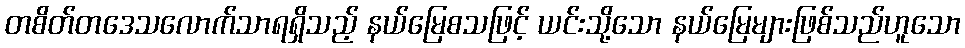
တစိတ်တဒေသလောက်သာရရှိသည့် နယ်မြေစသဖြင့် ယင်းသို့သော နယ်မြေများဖြစ်သည်ဟူသော